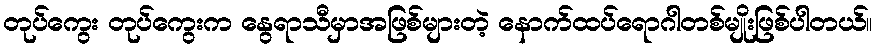
တုပ်ကွေး တုပ်ကွေးက နွေရာသီမှာအဖြစ်များတဲ့ နောက်ထပ်ရောဂါတစ်မျိုးဖြစ်ပါတယ်။